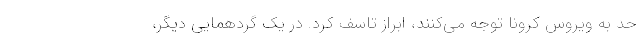
حد به ویروس کرونا توجه می‌کنند، ابراز تاسف کرد. در یک گردهمایی دیگر،